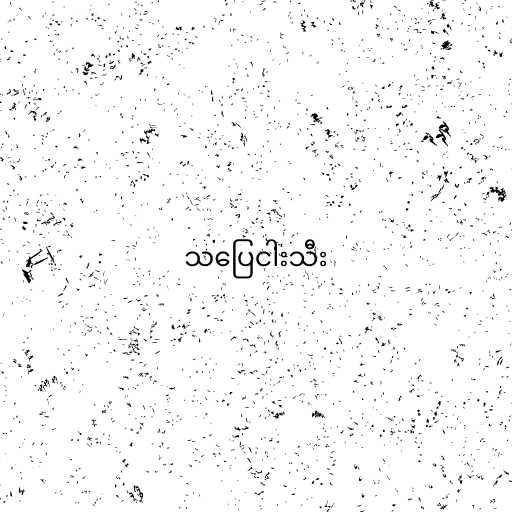
သပြေငါးသီး